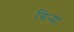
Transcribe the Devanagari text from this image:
बिर्‍या